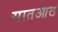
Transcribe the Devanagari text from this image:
सातआठ